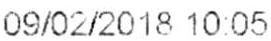
09/02/2018 10:05